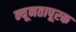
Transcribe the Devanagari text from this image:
न्यूनतापूरक